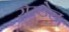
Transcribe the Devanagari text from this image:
रोस्डेल